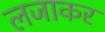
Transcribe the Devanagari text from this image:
लजाकर